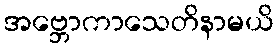
အဗ္ဘောကာသေတိနာမယိ